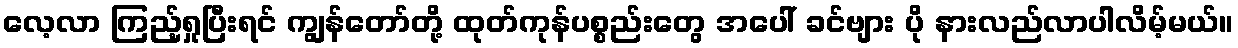
လေ့လာ ကြည့်ရှုပြီးရင် ကျွန်တော်တို့ ထုတ်ကုန်ပစ္စည်းတွေ အပေါ် ခင်ဗျား ပို နားလည်လာပါလိမ့်မယ်။